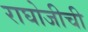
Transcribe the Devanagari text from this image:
राघोजीची